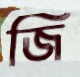
জি